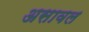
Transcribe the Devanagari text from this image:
असावल